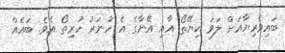
ބައިވެރިޔާއަށް ލަވަ ކިޔޭތޯ އާއި އޭނާގެ އެ ހުނަރު ހުރިތޯ އެެވެ. ބައެއް